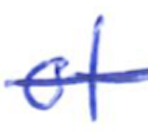
Text: of
Cross-out: mix
Writing tool: ballpoint